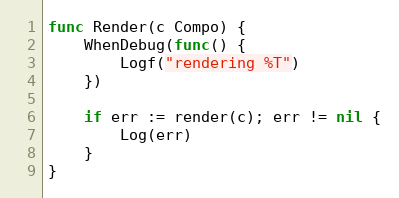
Language: Go
func Render(c Compo) {
	WhenDebug(func() {
		Logf("rendering %T")
	})

	if err := render(c); err != nil {
		Log(err)
	}
}